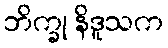
ဘိက္ခု နိဒူသက